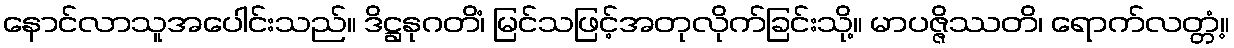
နောင်လာသူအပေါင်းသည်။ ဒိဋ္ဌနုဂတိံ၊ မြင်သဖြင့်အတုလိုက်ခြင်းသို့။ မာပဇ္ဇိဿတိ၊ ရောက်လတ္တံ့။